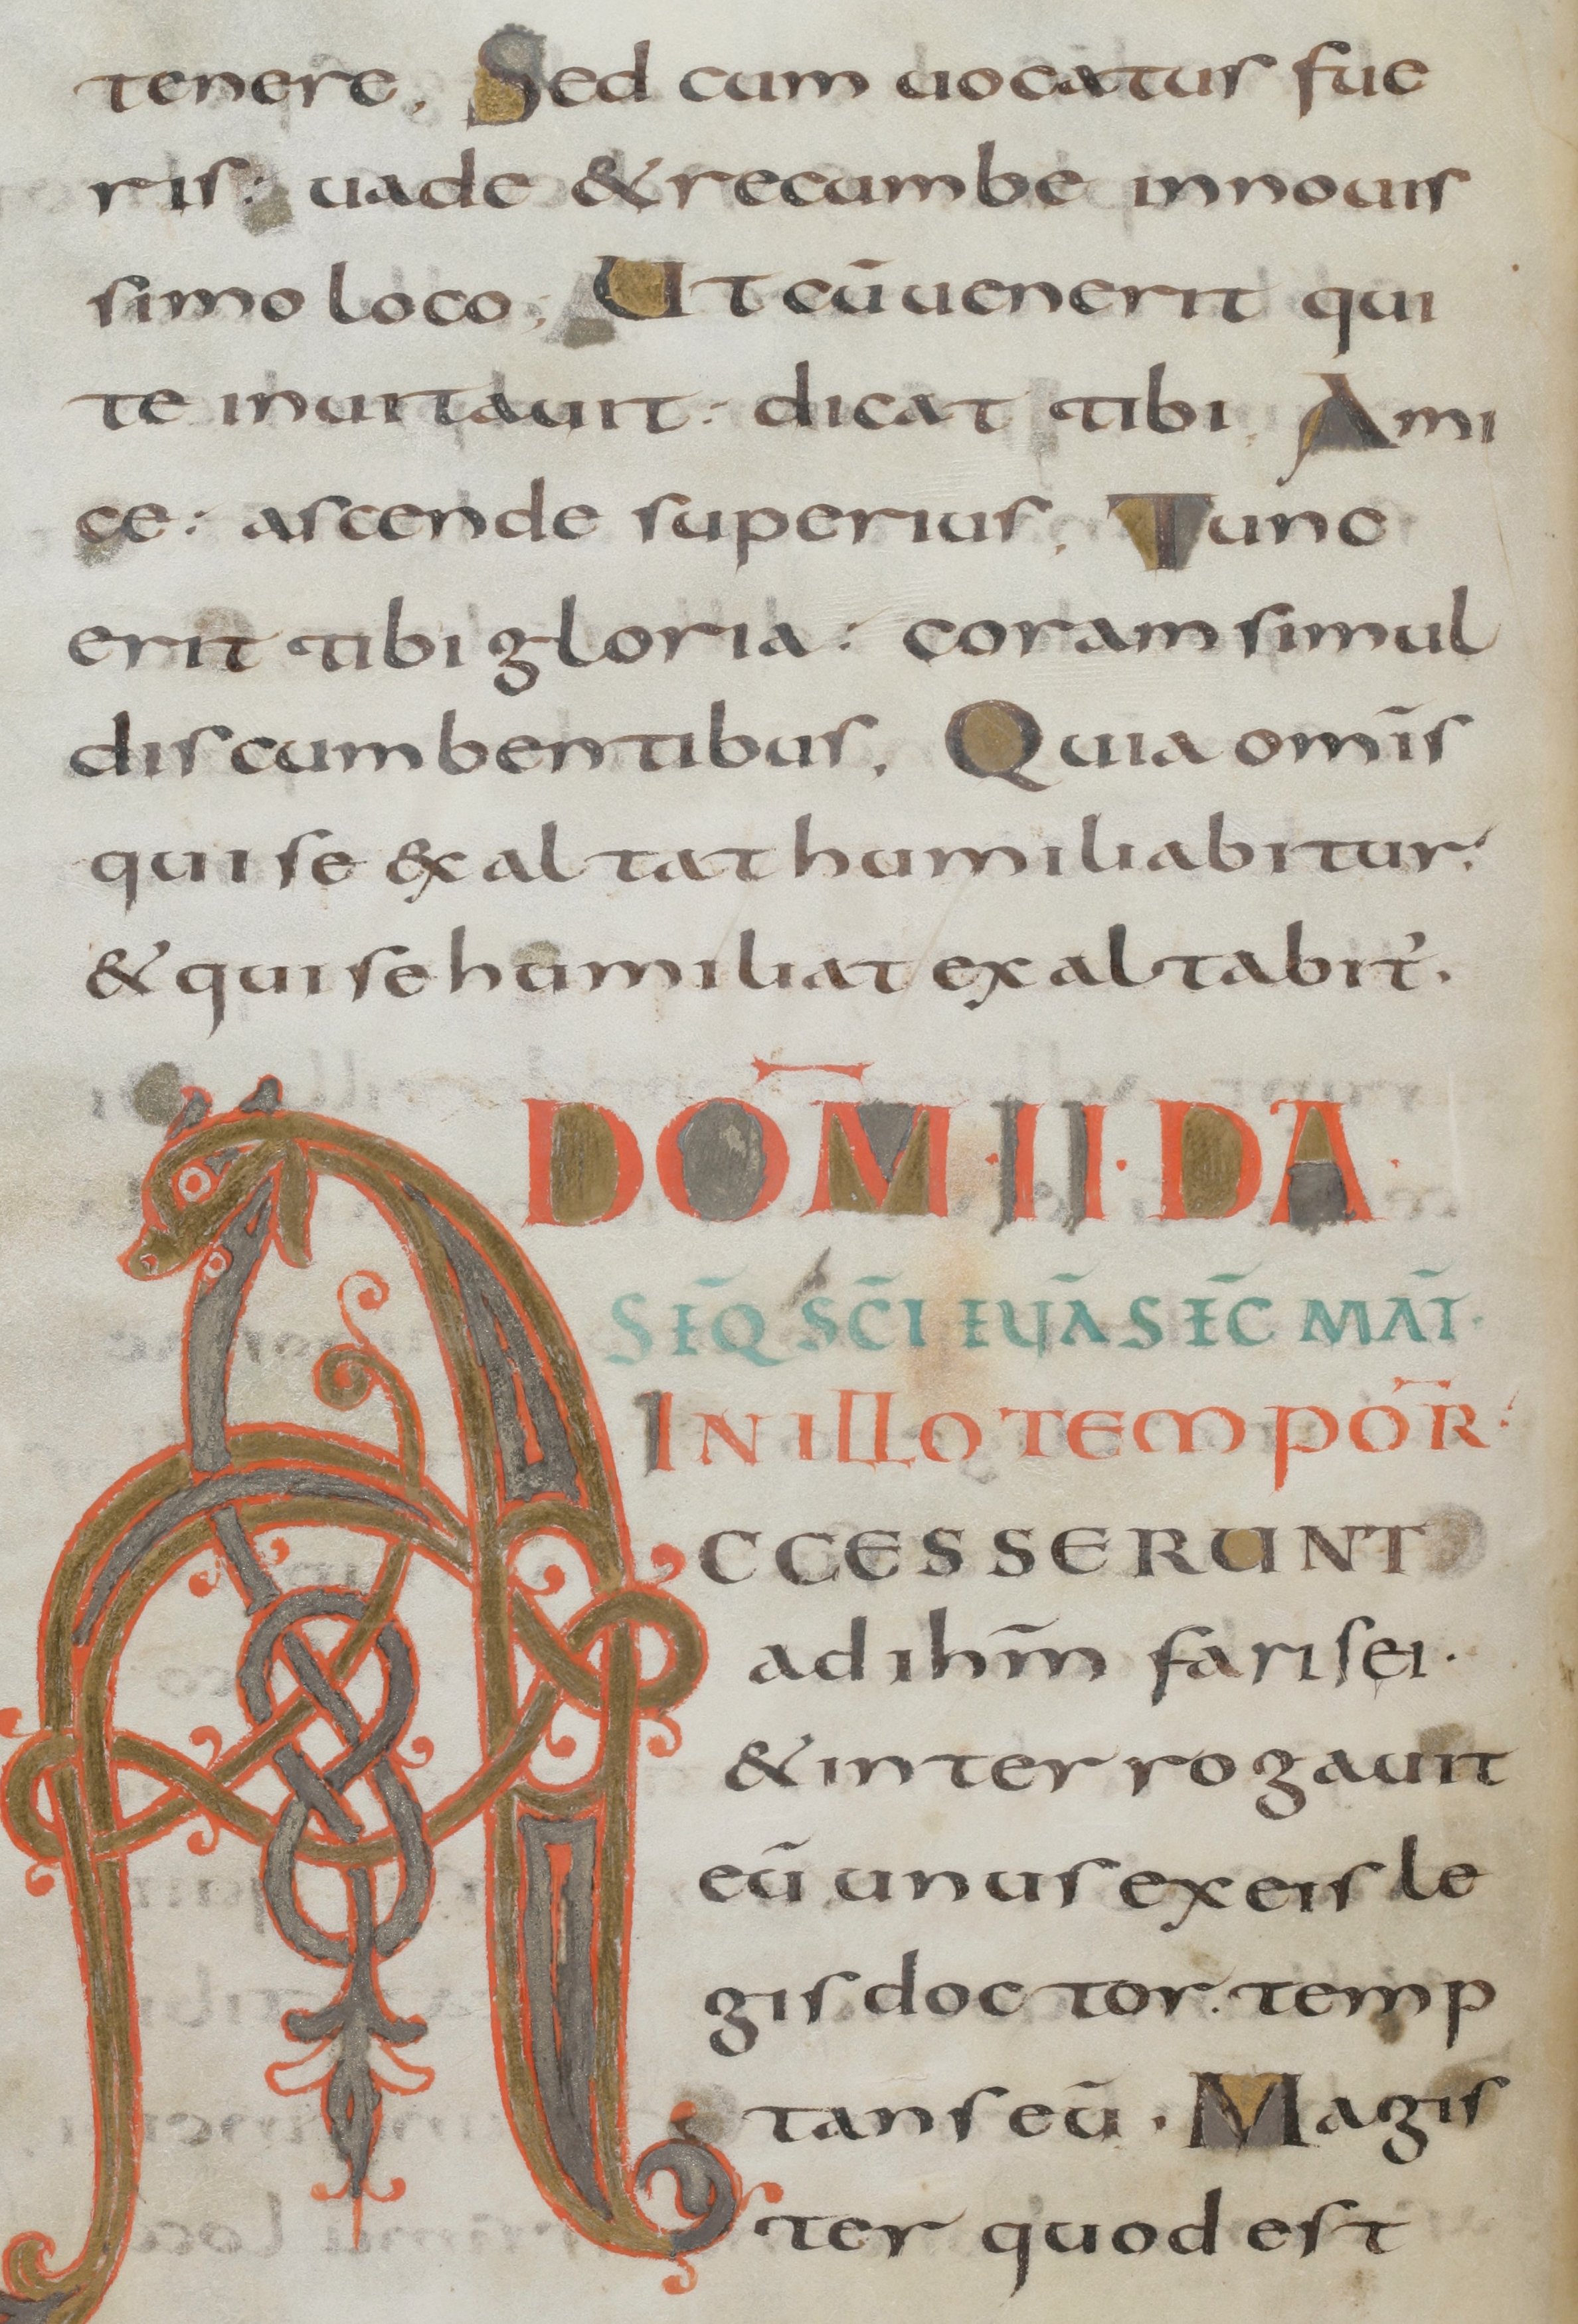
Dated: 800–899